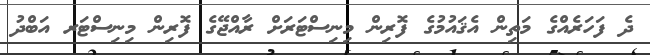
ދެ ފަހަރެއްގެ މަތިން އެޤައުމުގެ ފޮރިން މިނިސްޓަރަށް ރާއްޖޭގެ ފޮރިން މިނިސްޓަރ އަބްދު